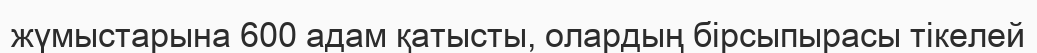
жүмыстарына 600 адам қатысты, олардың бірсыпырасы тікелей